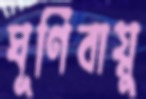
ঘূর্ণিবায়ু